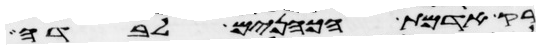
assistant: רק אדמת הכהנים לבדה